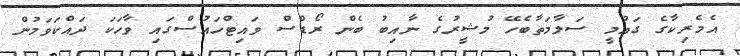
އެމެރިކާގެ ގައުމީ ސަލާމަތާބެހޭ މުޝީރުގެ ނާއިބު ބެން ރޯޑްސް ވައިޓްހައުސްގައި ވާހަކަ ދައްކަވަމުން